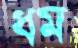
ধম